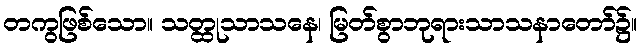
တကွဖြစ်သော။ သတ္ထုသာသနေ၊ မြတ်စွာဘုရားသာသနာတော်၌။